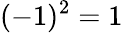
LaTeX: (-1)^{2}=1